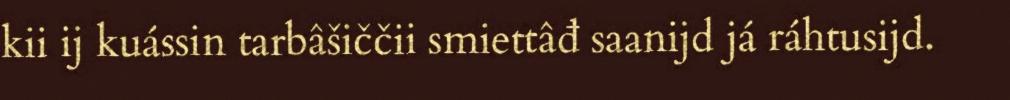
kii ij kuássin tarbâšiččii smiettâđ saanijd já ráhtusijd.